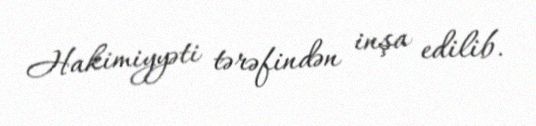
Hakimiyyəti tərəfindən inşa edilib.